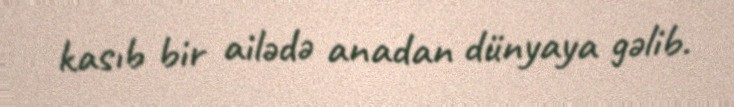
kasıb bir ailədə anadan dünyaya gəlib.